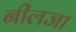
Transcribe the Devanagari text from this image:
नीलजा